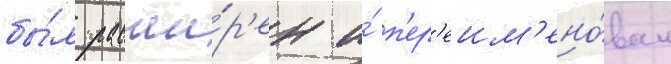
бы́л расши́р'ен и́ п'ер'еим'ено́ван